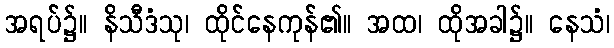
အရပ်၌။ နိသီဒံသု၊ ထိုင်နေကုန်၏။ အထ၊ ထိုအခါ၌။ နေသံ၊